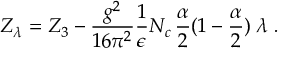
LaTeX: Z _ { \lambda } = Z _ { 3 } - \frac { g ^ { 2 } } { 1 6 \pi ^ { 2 } } \frac { 1 } { \epsilon } N _ { c } \, \frac \alpha 2 ( 1 - \frac \alpha 2 ) \; \lambda \; .